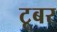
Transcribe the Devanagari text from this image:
टूबर